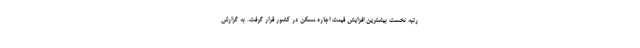
رتبه نخست بیشترین افزایش قیمت اجاره مسکن در کشور قرار گرفت. به گزارش